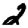
Digit: 2